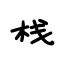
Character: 栈